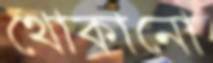
থোকানো